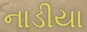
નાડીયા